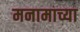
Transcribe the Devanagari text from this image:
मनामाच्या